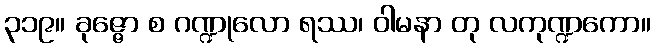
၃၁၉။ ခုဇ္ဇော စ ဂဏ္ဍုလော ရဿ၊ ဝါမနာ တု လကုဏ္ဍကော။